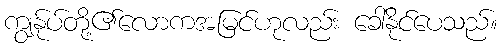
ကျွနု်ပ်တို့၏လောကအမြင်ဟုလည်း ခေါ်နိုင်ပေသည်။